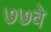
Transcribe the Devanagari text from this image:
७७वे